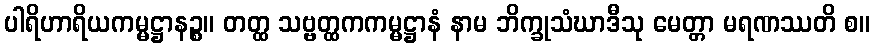
ပါရိဟာရိယကမ္မဋ္ဌာနဉ္စ။ တတ္ထ သဗ္ဗတ္ထကကမ္မဋ္ဌာနံ နာမ ဘိက္ခုသံဃာဒီသု မေတ္တာ မရဏဿတိ စ။